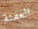
العفنة